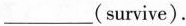
___(survive).